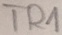
Text: TR1